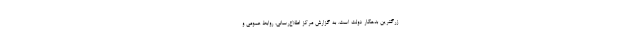
زرگترین بدهکار دولت است. به گزارش مرکز اطلاع‌رسانی، روابط عمومی و